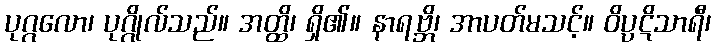
ပုဂ္ဂလော၊ ပုဂ္ဂိုလ်သည်။ အတ္ထိ၊ ရှိ၏။ နာရဗ္ဘိ၊ အာပတ်မသင့်။ ဝိပ္ပဋိသာရီ၊